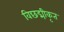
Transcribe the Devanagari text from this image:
विछद्मीकृत